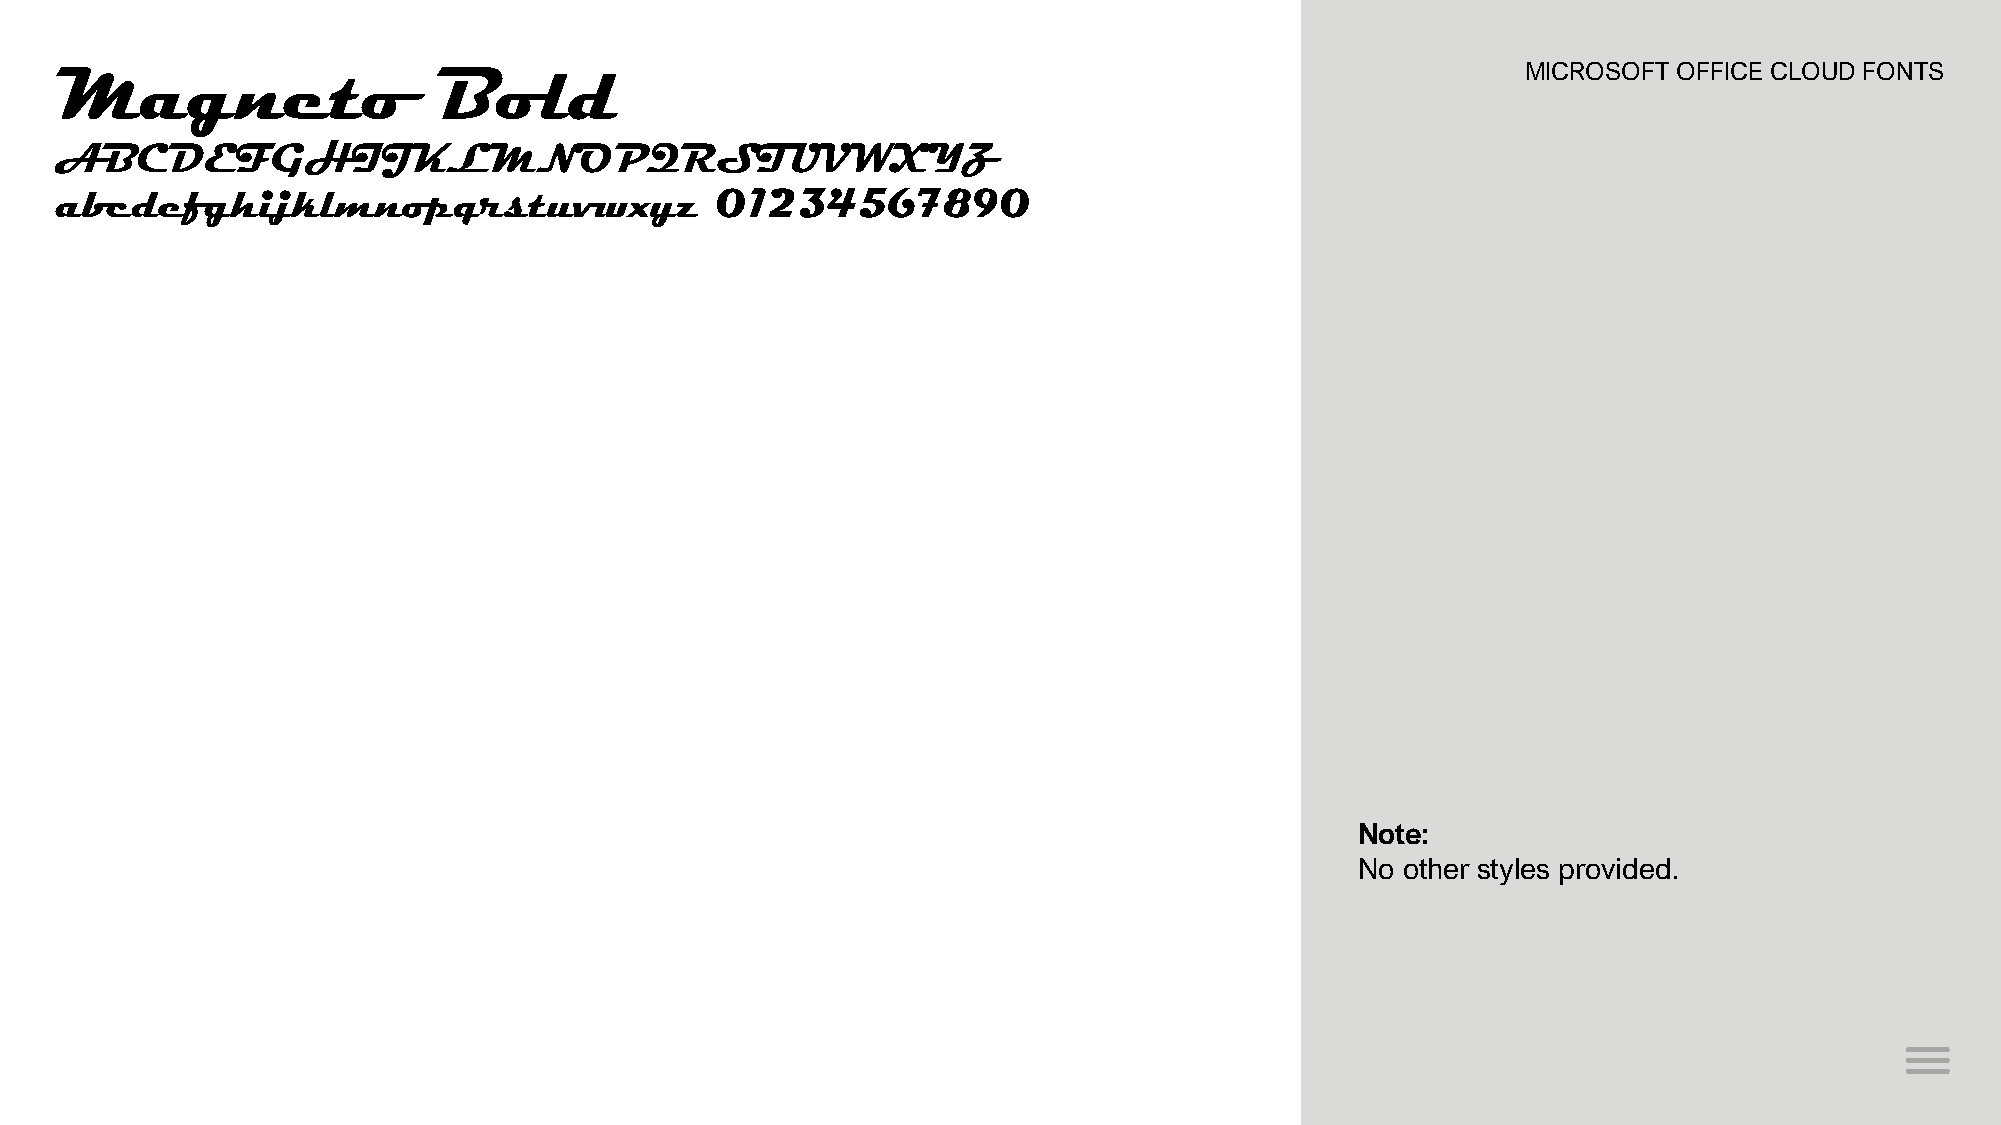
Magneto                  Bold                                                                    MICROSOFT OFFICE CLOUD FONTS
 ABCDEFGHIJKLMNOPQRSTUVWXYZ
 abcdefghijklmnopqrstuvwxyz                 01234567890
 Note:
 No other styles provided.